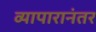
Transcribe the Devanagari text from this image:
व्यापारानंतर